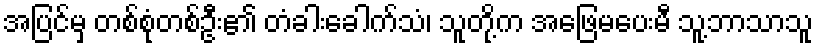
အပြင်မှ တစ်စုံတစ်ဦး၏ တံခါးခေါက်သံ၊ သူတို့က အဖြေမပေးမီ သူ့ဘာသာသူ